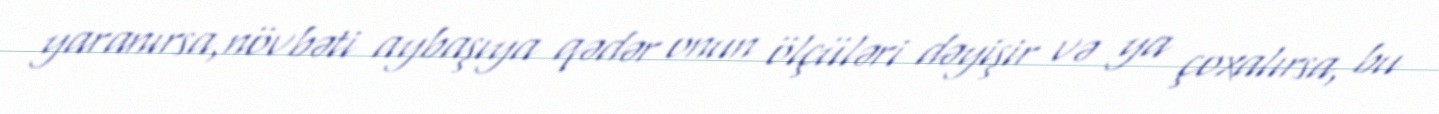
yaranırsa,növbəti aybaşıya qədər onun ölçüləri dəyişir və ya çoxalırsa, bu